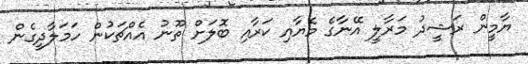
ޔާމީން ރަޝީދު މަރާލީ އޭނާގެ މެޔާއި ކަރާއި ބޮލަށް ތޫނު އެއްޗަކުން ހަމަލާދީގެން